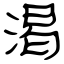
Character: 渇